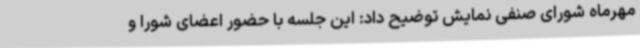
مهرماه شورای صنفی نمایش توضیح داد: این جلسه با حضور اعضای شورا و